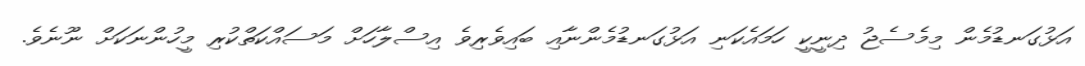
އަޅުގަނޑުމެން މިމެސެޖު ދިނީކީ ހަމައެކަނި އަޅުގަނޑުމެންނާއި ބައިވެރިވެ އިސްލާހަށް މަސައްކަތްކުރި މީހުންނަކަށް ނޫނެވެ.